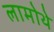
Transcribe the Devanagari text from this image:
लामोथे